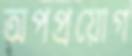
অপপ্রয়োগ